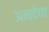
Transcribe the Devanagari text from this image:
अन्देषा